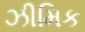
ઝીમિક